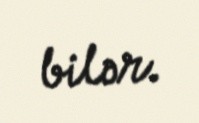
bilər.